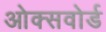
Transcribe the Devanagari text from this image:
ओक्सवोर्ड